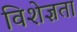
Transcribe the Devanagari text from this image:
विशेज्ञता